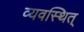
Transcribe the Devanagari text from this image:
व्यवस्थित्